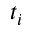
t _ { i }